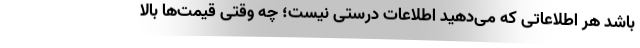
باشد هر اطلاعاتی که می‌دهید اطلاعات درستی نیست؛ چه وقتی قیمت‌ها بالا